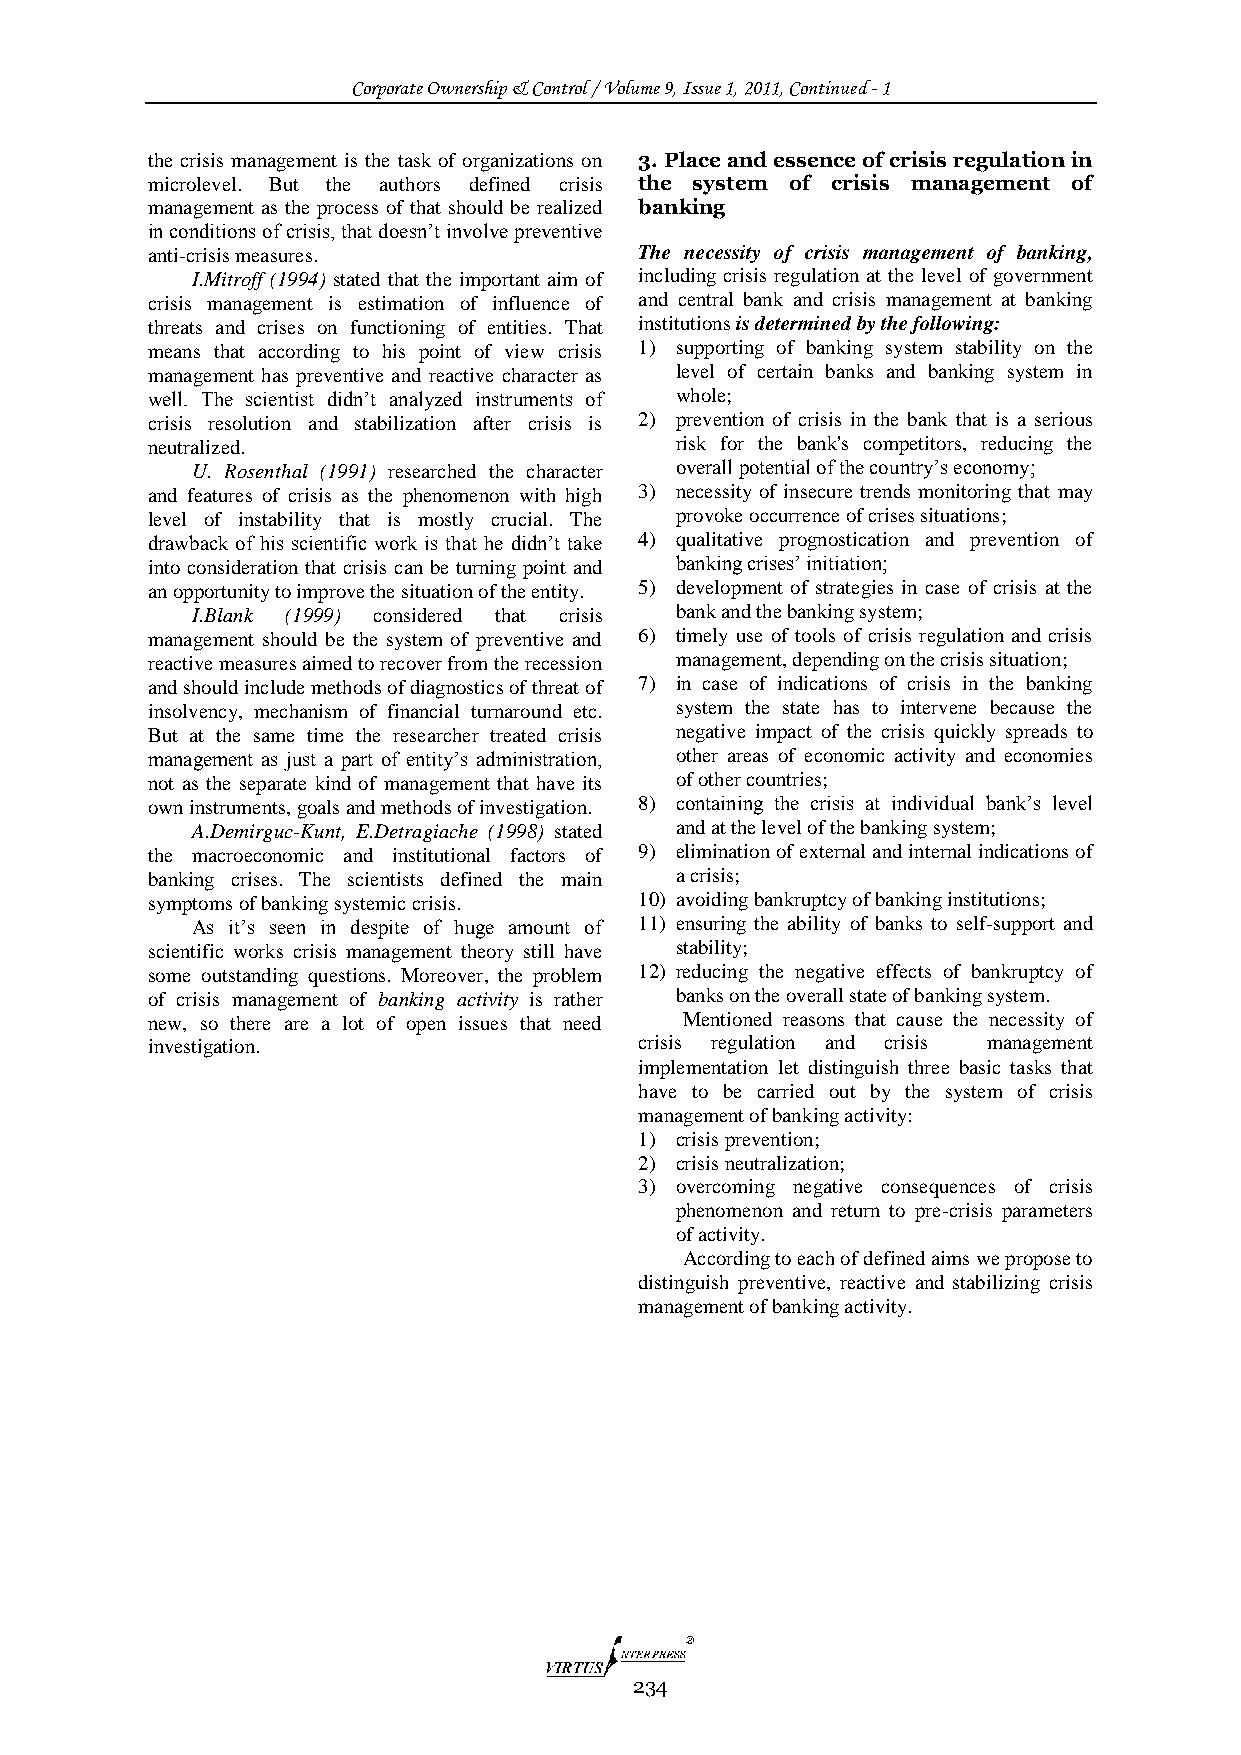
Corporate Ownership & Control / Volume 9, Issue 1, 2011, Continued - 1
 the crisis management is the task of organizations on 3. Place and essence of crisis regulation in
 microlevel. But the authors defined crisis the system of crisis management of
 management as the process of that should be realized banking
 in conditions of crisis, that doesn‟t involve preventive
 anti-crisis measures.           The necessity of crisis management of banking,
 I.Mitroff (1994) stated that the important aim of including crisis regulation at the level of government
 crisis management is estimation of influence of and central bank and crisis management at banking
 threats and crises on functioning of entities. That institutions is determined by the following:
 means that according to his point of view crisis 1) supporting of banking system stability on the
 management has preventive and reactive character as level of certain banks and banking system in
 well. The scientist didn‟t analyzed instruments of whole;
 crisis resolution and stabilization after crisis is 2) prevention of crisis in the bank that is a serious
 neutralized.                       risk for the bank's competitors, reducing the
 U. Rosenthal (1991) researched the character overall potential of the country‟s economy;
 and features of crisis as the phenomenon with high 3) necessity of insecure trends monitoring that may
 level of instability that is mostly crucial. The provoke occurrence of crises situations;
 drawback of his scientific work is that he didn‟t take 4) qualitative prognostication and prevention of
 into consideration that crisis can be turning point and banking crises‟ initiation;
 an opportunity to improve the situation of the entity. 5) development of strategies in case of crisis at the
 I.Blank (1999) considered that crisis bank and the banking system;
 management should be the system of preventive and 6) timely use of tools of crisis regulation and crisis
 reactive measures aimed to recover from the recession management, depending on the crisis situation;
 and should include methods of diagnostics of threat of 7) in case of indications of crisis in the banking
 insolvency, mechanism of financial turnaround etc. system the state has to intervene because the
 But at the same time the researcher treated crisis negative impact of the crisis quickly spreads to
 management as just a part of entity‟s administration, other areas of economic activity and economies
 not as the separate kind of management that have its of other countries;
 own instruments, goals and methods of investigation. 8) containing the crisis at individual bank‟s level
 A.Demirguc-Kunt, E.Detragiache (1998) stated and at the level of the banking system;
 the macroeconomic and institutional factors of 9) elimination of external and internal indications of
 banking crises. The scientists defined the main a crisis;
 symptoms of banking systemic crisis. 10) avoiding bankruptcy of banking institutions;
 As it‟s seen in despite of huge amount of 11) ensuring the ability of banks to self-support and
 scientific works crisis management theory still have stability;
 some outstanding questions. Moreover, the problem 12) reducing the negative effects of bankruptcy of
 of crisis management of banking activity is rather banks on the overall state of banking system.
 new, so there are a lot of open issues that need Mentioned reasons that cause the necessity of
 investigation.                  crisis regulation and crisis management
 implementation let distinguish three basic tasks that
 have to be carried out by the system of crisis
 management of banking activity:
 1) crisis prevention;
 2) crisis neutralization;
 3) overcoming negative consequences of crisis
 phenomenon and return to pre-crisis parameters
 of activity.
 According to each of defined aims we propose to
 distinguish preventive, reactive and stabilizing crisis
 management of banking activity.
 234